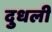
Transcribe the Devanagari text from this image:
दुधली